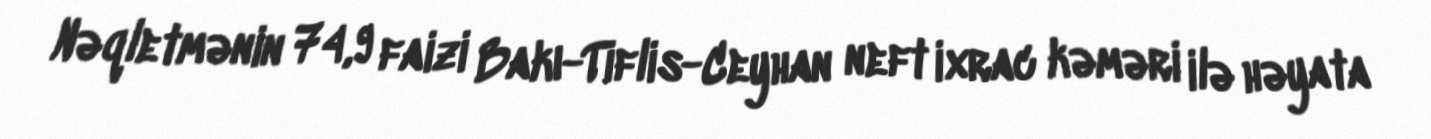
Nəqletmənin 74,9 faizi Bakı-Tiflis-Ceyhan neft ixrac kəməri ilə həyata